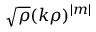
\sqrt { \rho } ( k \rho ) ^ { \vert m \vert }